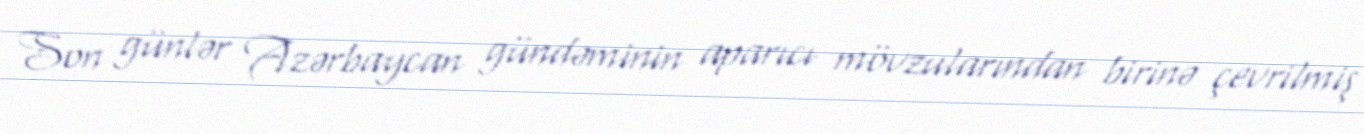
Son günlər Azərbaycan gündəminin aparıcı mövzularından birinə çevrilmiş